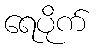
ရေပိုက်